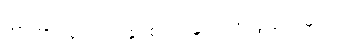
အာဟာရလေးပါးနှင့်စပ်၍ မှတ်သားဖွယ်ရာများ။